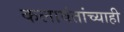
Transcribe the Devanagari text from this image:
कलावंतांच्याही